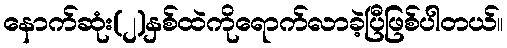
နောက်ဆုံး(၂)နှစ်ထဲကိုရောက်လာခဲ့ပြီဖြစ်ပါတယ်။